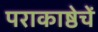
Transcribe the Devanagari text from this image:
पराकाष्ठेचें